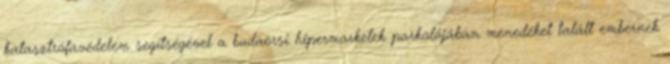
katasztrófavédelem segítségével a budaörsi hipermarketek parkolójában menedéket talált embernek